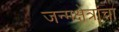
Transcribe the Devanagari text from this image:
जन्मक्षेत्रांचा